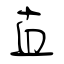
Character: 直